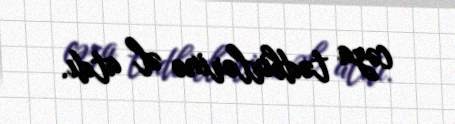
cəza tədbirlərinə əl atdı.